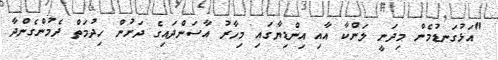
"އަޅުގަނޑުމެން މިދަނީ ލަންކާ އާއި އިންޑިޔާގައި މިހާރު އާސަންދައިގެ ދަށުން ހިދުމަތް ދެމުންގެންދާ